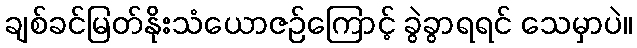
ချစ်ခင်မြတ်နိုးသံယောဇဉ်ကြောင့် ခွဲခွာရရင် သေမှာပဲ။